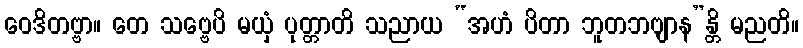
ဝေဒိတဗ္ဗာ။ တေ သဗ္ဗေပိ မယှံ ပုတ္တာတိ သညာယ “အဟံ ပိတာ ဘူတဘဗျာန”န္တိ မညတိ။